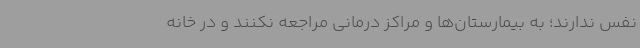
نفس ندارند؛ به بیمارستان‌ها و مراکز درمانی مراجعه نکنند و در خانه